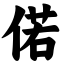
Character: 偌